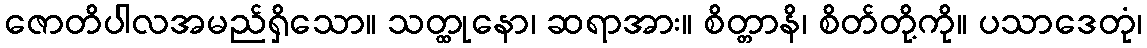
ဇောတိပါလအမည်ရှိသော။ သတ္ထုနော၊ ဆရာအား။ စိတ္တာနိ၊ စိတ်တို့ကို။ ပသာဒေတုံ၊